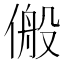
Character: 𬿆